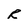
Character: R